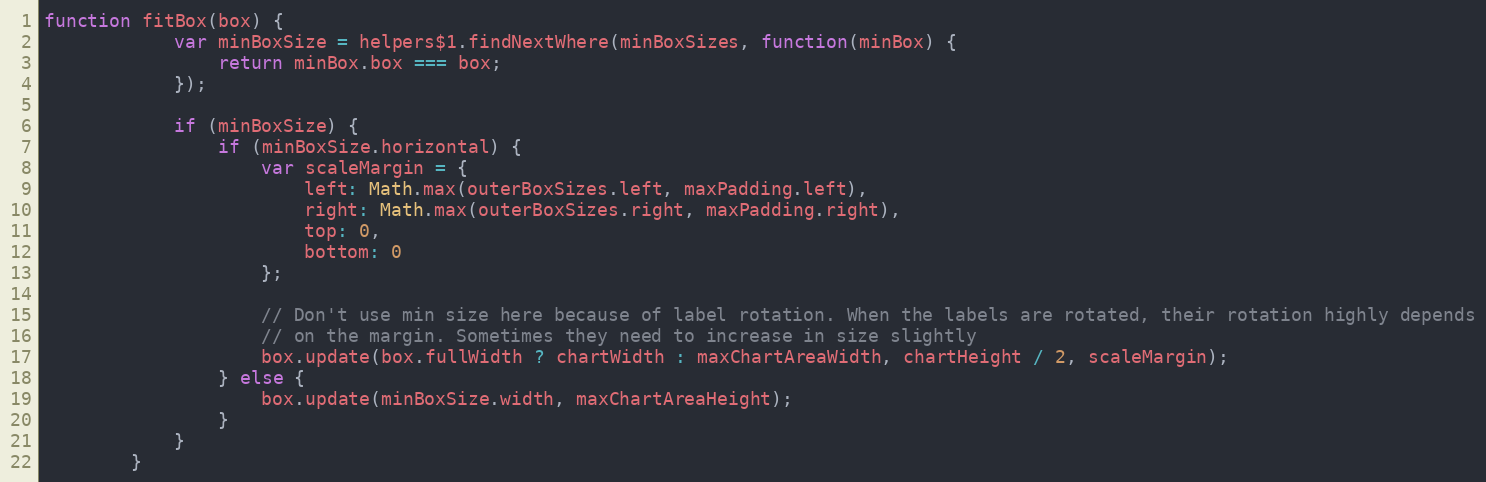
Language: JavaScript
function fitBox(box) {
			var minBoxSize = helpers$1.findNextWhere(minBoxSizes, function(minBox) {
				return minBox.box === box;
			});

			if (minBoxSize) {
				if (minBoxSize.horizontal) {
					var scaleMargin = {
						left: Math.max(outerBoxSizes.left, maxPadding.left),
						right: Math.max(outerBoxSizes.right, maxPadding.right),
						top: 0,
						bottom: 0
					};

					// Don't use min size here because of label rotation. When the labels are rotated, their rotation highly depends
					// on the margin. Sometimes they need to increase in size slightly
					box.update(box.fullWidth ? chartWidth : maxChartAreaWidth, chartHeight / 2, scaleMargin);
				} else {
					box.update(minBoxSize.width, maxChartAreaHeight);
				}
			}
		}